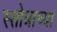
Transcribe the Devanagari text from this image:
स्तोत्राच्या